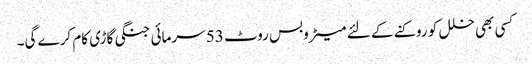
کسی بھی خلل کو روکنے کے لئے میٹروبس روٹ 53 سرمائی جنگی گاڑی کام کرے گی۔